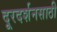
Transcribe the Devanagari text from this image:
दूरदर्शनसाठी